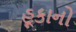
હૂકાનો